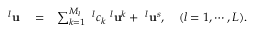
\begin{array} { r l r } { ^ l { \bf u } } & { { } = } & { \sum _ { k = 1 } ^ { M _ { l } } ~ ^ { l } c _ { k } ~ ^ { l } { \bf u } ^ { k } + ~ ^ { l } { \bf u } ^ { s } , ~ ~ ~ ( l = 1 , \cdots , L ) . } \end{array}